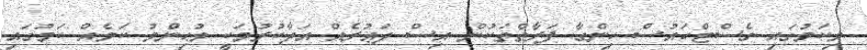
މިކަމުގައި ގެސްޓްހައުސް ހިންގާ ފަރާތްތަކުން އިސް ދަޢުރެއް އަދާކުރުމަކީ މުޙިންމު ކަމެއް ކަމުގައި